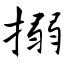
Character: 搦